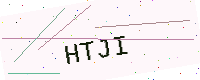
Text: HTJI